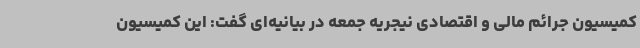
کمیسیون جرائم مالی و اقتصادی نیجریه جمعه در بیانیه‌ای گفت: این کمیسیون